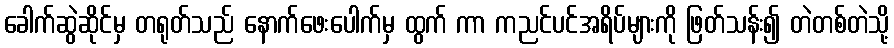
ခေါက်ဆွဲဆိုင်မှ တရုတ်သည် နောက်ဖေးပေါက်မှ ထွက် ကာ ကညင်ပင်အရိပ်များကို ဖြတ်သန်း၍ တဲတစ်တဲသို့